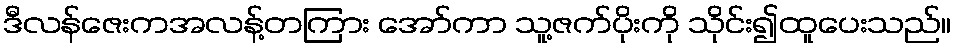
ဒီလန်ဇေးကအလန့်တကြား အော်ကာ သူ့ဇက်ပိုးကို သိုင်း၍ထူပေးသည်။